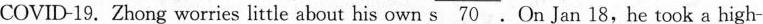
COVID-19. Zhong worries little about his own \underline{s 70} .On Jan 18,he took a high-